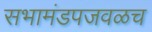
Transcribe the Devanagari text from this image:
सभामंडपजवळच